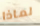
لماذا